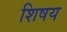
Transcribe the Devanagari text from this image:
शिषय